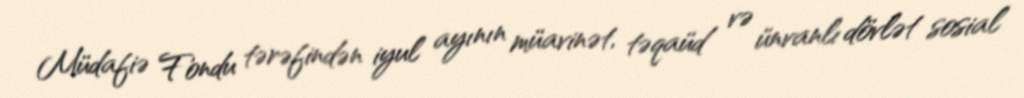
Müdafiə Fondu tərəfindən iyul ayının müavinət, təqaüd və ünvanlı dövlət sosial